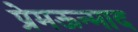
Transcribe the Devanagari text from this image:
प्रेमऊन्माद